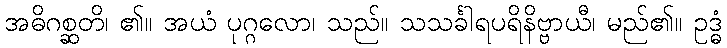
အဓိဂစ္ဆတိ၊ ၏။ အယံ ပုဂ္ဂလော၊ သည်။ သသင်္ခါရပရိနိဗ္ဗာယီ၊ မည်၏။ ဥဒ္ဓံ